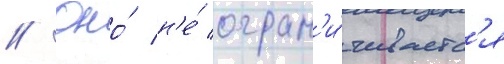
// Оно́ н'е́ огран'и́чиваетс'я